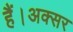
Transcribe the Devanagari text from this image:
हैं।अक्सर